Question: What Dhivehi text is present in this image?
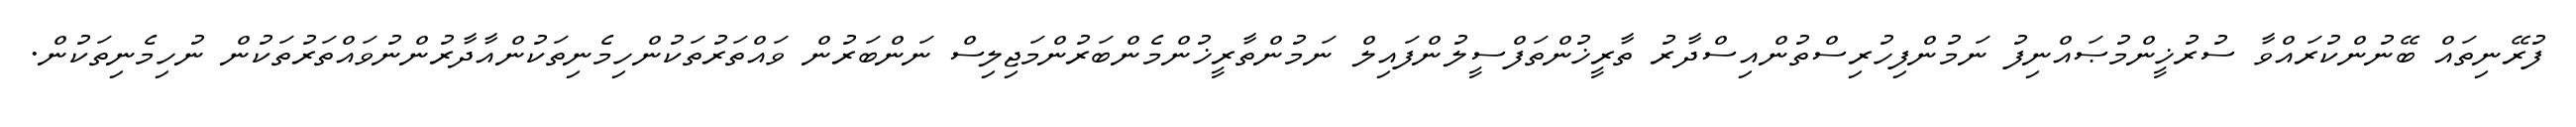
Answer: ފުރޭނިތައް ބޭނުންކުރައްވާ ސުރުޚީންމުޞައްނިފު ނަމުންފިހުރިސްތުންއިސްދާރު ތާރީޚުންތަފްސީލުންފައިލް ނަމުންތާރީޚުންމެންބަރުންމަޖިލިސް ނަންބަރުން ވައްތަރުތަކުންހިމެނިތަކުންއާދާރުންނުވައްތަރުތަކުން ނުހިމެނިތަކުން.